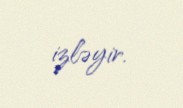
izləyir.